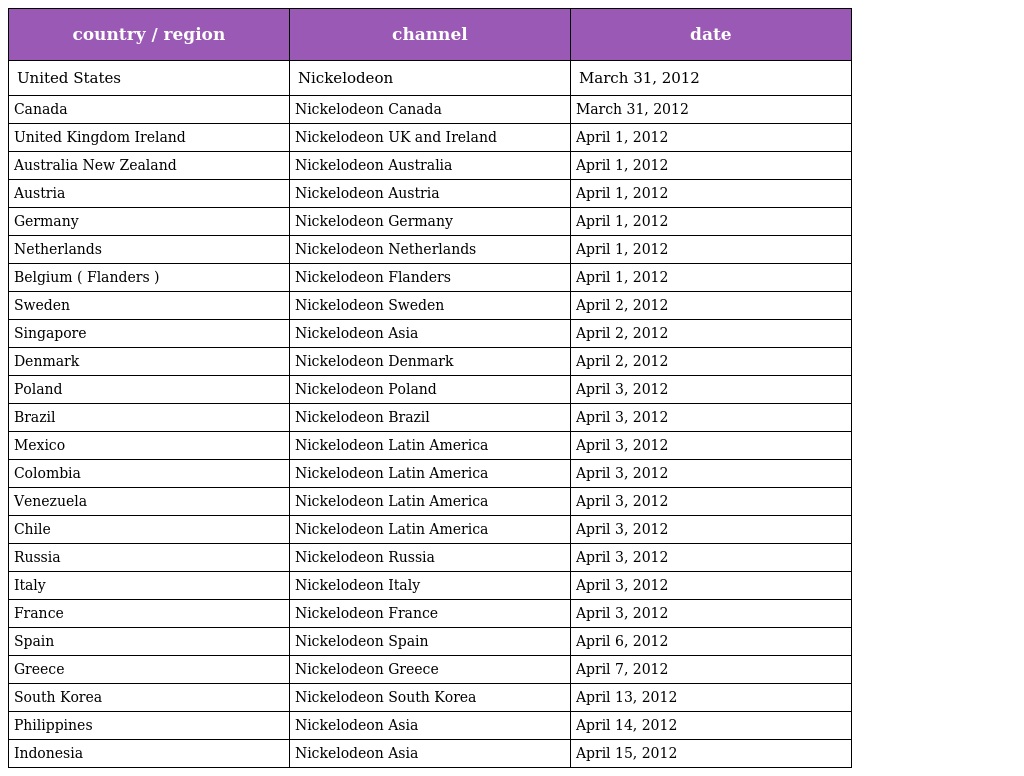
| country / region | channel | date |
 | --- | --- | --- |
 | United States | Nickelodeon | March 31, 2012 |
 | Canada | Nickelodeon Canada | March 31, 2012 |
 | United Kingdom Ireland | Nickelodeon UK and Ireland | April 1, 2012 |
 | Australia New Zealand | Nickelodeon Australia | April 1, 2012 |
 | Austria | Nickelodeon Austria | April 1, 2012 |
 | Germany | Nickelodeon Germany | April 1, 2012 |
 | Netherlands | Nickelodeon Netherlands | April 1, 2012 |
 | Belgium ( Flanders ) | Nickelodeon Flanders | April 1, 2012 |
 | Sweden | Nickelodeon Sweden | April 2, 2012 |
 | Singapore | Nickelodeon Asia | April 2, 2012 |
 | Denmark | Nickelodeon Denmark | April 2, 2012 |
 | Poland | Nickelodeon Poland | April 3, 2012 |
 | Brazil | Nickelodeon Brazil | April 3, 2012 |
 | Mexico | Nickelodeon Latin America | April 3, 2012 |
 | Colombia | Nickelodeon Latin America | April 3, 2012 |
 | Venezuela | Nickelodeon Latin America | April 3, 2012 |
 | Chile | Nickelodeon Latin America | April 3, 2012 |
 | Russia | Nickelodeon Russia | April 3, 2012 |
 | Italy | Nickelodeon Italy | April 3, 2012 |
 | France | Nickelodeon France | April 3, 2012 |
 | Spain | Nickelodeon Spain | April 6, 2012 |
 | Greece | Nickelodeon Greece | April 7, 2012 |
 | South Korea | Nickelodeon South Korea | April 13, 2012 |
 | Philippines | Nickelodeon Asia | April 14, 2012 |
 | Indonesia | Nickelodeon Asia | April 15, 2012 |